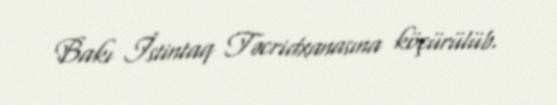
Bakı İstintaq Təcridxanasına köçürülüb.